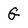
Character: G